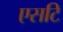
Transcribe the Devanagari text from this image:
एसटि